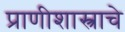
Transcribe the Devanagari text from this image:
प्राणीशास्त्राचे